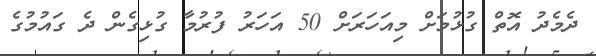
ދެމެދު އޮތް ގުޅުމަށް މިއަހަރަށް 50 އަހަރު ފުރުމާ ގުޅިގެން ދެ ގައުމުގެ